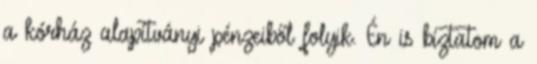
a kórház alapítványi pénzeiből folyik. Én is bíztatom a